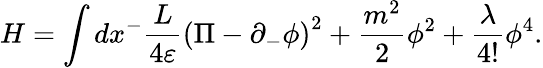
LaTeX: H=\int dx^{-}\frac{L}{4\varepsilon}\left(\Pi-\partial_{-}\phi\right)^{2}+\frac{m^{2}}{2}\phi^{2}+\frac{\lambda}{4!}\phi^{4}.